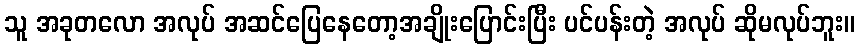
သူ အခုတလော အလုပ် အဆင်ပြေနေတော့အချိုးပြောင်းပြီး ပင်ပန်းတဲ့ အလုပ် ဆိုမလုပ်ဘူး။